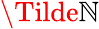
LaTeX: \Tilde{\mathbb{N}}